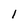
Character: 1